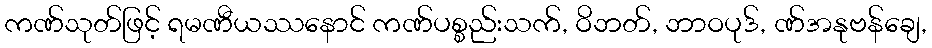
ကဏ်သုတ်ဖြင့် ရမဏီယဿနောင် ကဏ်ပစ္စည်းသက်, ဝိဘတ်, ဘာဝပုဒ်, ဏ်အနုဗန်ချေ,